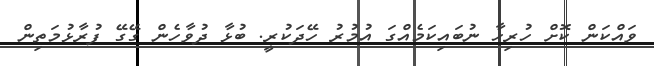
ވައްކަން ކޮށް ހުރިހާ ނުބައިކަމެއްގަ އުމުރު ހޭދަކުރީ. ބުޅާ ދުވާހެން ގޭގޭ ފުރާޅުމަތިން